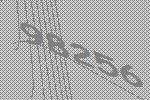
98256